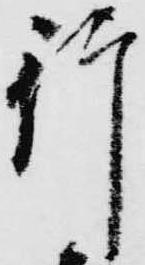
行